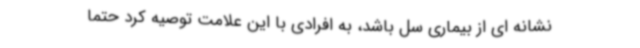
نشانه ای از بیماری سل باشد، به افرادی با این علامت توصیه کرد حتما